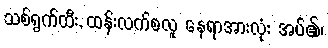
သစ်ရွက်ထီး, ထန်းလက်စလူ နေရာအားလုံး အပ်၏၊